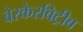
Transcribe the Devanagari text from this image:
वेरकेरबिट्रीब